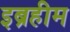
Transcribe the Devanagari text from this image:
इब्रहीम